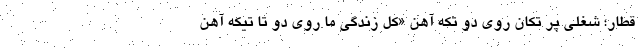
قطار؛ شغلی پر تِکان روی دو تکه آهن «کل زندگی ما روی دو تا تیکه آهن